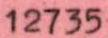
12735